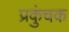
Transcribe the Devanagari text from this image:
प्रकुंचक